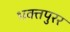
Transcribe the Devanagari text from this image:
भक्तपुरर